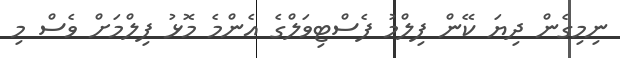
ނިމިގެން ދިޔަ ކޭން ފިލްމު ފެސްޓިވަލްގެ އެންމެ މޮޅު ފިލްމަށް ވެސް މި